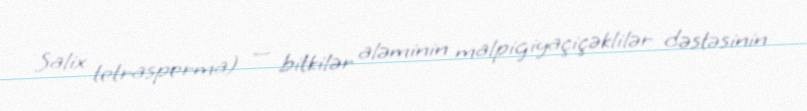
Salix tetrasperma) — bitkilər aləminin malpigiyaçiçəklilər dəstəsinin